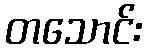
တသောင်း